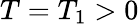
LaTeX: T=T_{1}>0